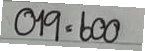
019 = 600